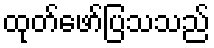
ထုတ်ဖော်ပြသသည်